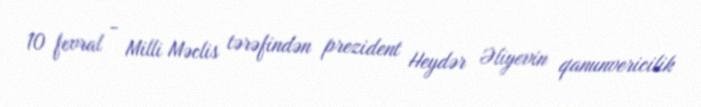
10 fevral - Milli Məclis tərəfindən prezident Heydər Əliyevin qanunvericilik